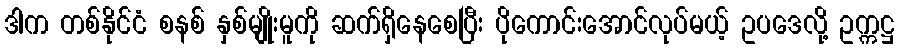
ဒါက တစ်နိုင်ငံ စနစ် နှစ်မျိုးမူကို ဆက်ရှိနေစေပြီး ပိုကောင်းအောင်လုပ်မယ့် ဥပဒေလို့ ဥက္ကဋ္ဌ